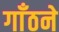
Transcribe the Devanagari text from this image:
गाँठने